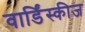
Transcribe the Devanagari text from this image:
वार्डिंस्कीज